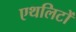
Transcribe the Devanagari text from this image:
एथलिटों